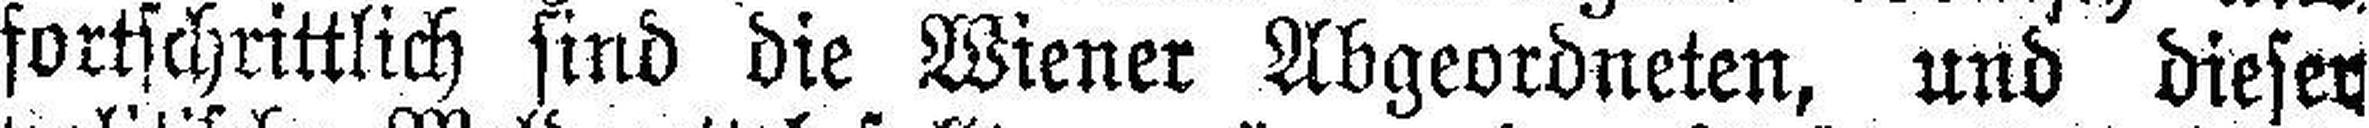
fortschrittlich sind die Wiener Abgeordneten, und dieser